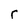
Character: r